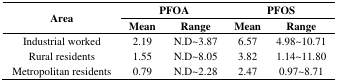
<table><thead><tr><td rowspan="2"><b>Area</b></td><td colspan="2"><b>PFOA</b></td><td colspan="2"><b>PFOS</b></td></tr><tr><td><b>Mean</b></td><td><b>Range</b></td><td><b>Mean</b></td><td><b>Range</b></td></tr></thead><tbody><tr><td>Industrial worked</td><td>2.19</td><td>N.D~3.87</td><td>6.57</td><td>4.98~10.71</td></tr><tr><td>Rural residents</td><td>1.55</td><td>N.D~8.05</td><td>3.82</td><td>1.14~11.80</td></tr><tr><td>Metropolitan residents</td><td>0.79</td><td>N.D~2.28</td><td>2.47</td><td>0.97~8.71</td></tr></tbody></table>